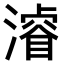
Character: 𣿰